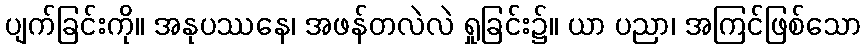
ပျက်ခြင်းကို။ အနုပဿနေ၊ အဖန်တလဲလဲ ရှုခြင်း၌။ ယာ ပညာ၊ အကြင်ဖြစ်သော